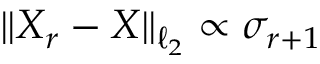
\lVert X _ { r } - X \rVert _ { \ell _ { 2 } } \propto \sigma _ { r + 1 }